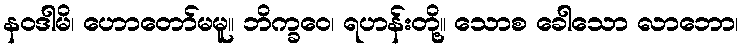
နဝဒါမိ၊ ဟောတော်မမူ။ ဘိက္ခဝေ၊ ရဟန်းတို့။ သောစ ခေါသော လာဘော၊